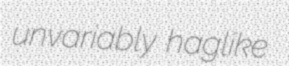
unvariably haglike